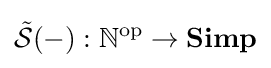
{\tilde {\mathcal {S}}}(-):\mathbb {N} ^{\operatorname {op} }\to \mathbf {Simp}